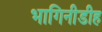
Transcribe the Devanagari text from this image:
भागिनीडीह